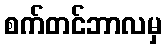
စက်တင်ဘာလမှ